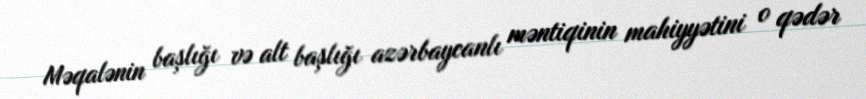
Məqalənin başlığı və alt başlığı azərbaycanlı məntiqinin mahiyyətini o qədər